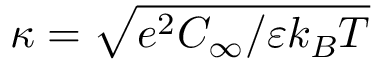
\kappa = \sqrt { e ^ { 2 } C _ { \infty } / \varepsilon k _ { B } T }